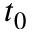
t _ { 0 }